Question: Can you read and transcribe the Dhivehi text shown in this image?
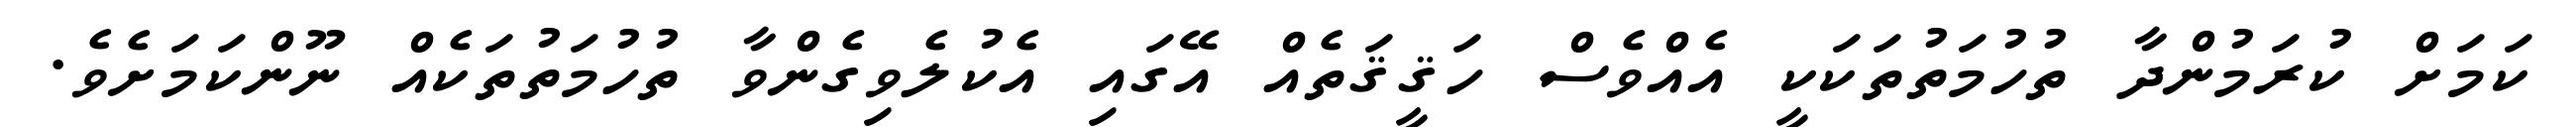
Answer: ކަމަށް ކުރަމުންދާ ތުހުމަތުތަކަކީ އެއްވެސް ހަޤީޤަތެއް އޭގައި އެކުލެވިގެންވާ ތުހުމަތުތަކެއް ނޫންކަމަށެވެ.